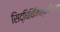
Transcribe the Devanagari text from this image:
सिद्धिविनिश्चयविवरण